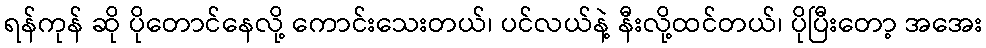
ရန်ကုန် ဆို ပိုတောင်နေလို့ ကောင်းသေးတယ်၊ ပင်လယ်နဲ့ နီးလို့ထင်တယ်၊ ပိုပြီးတော့ အအေး